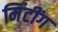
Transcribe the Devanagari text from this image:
मिंटींग